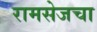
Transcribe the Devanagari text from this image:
रामसेजचा